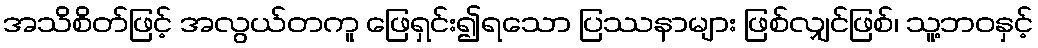
အသိစိတ်ဖြင့် အလွယ်တကူ ဖြေရှင်း၍ရသော ပြဿနာများ ဖြစ်လျှင်ဖြစ်၊ သူ့ဘဝနှင့်